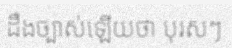
ដឹងច្បាស់ឡើយថា បុរសៗ